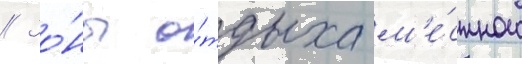
// Зо́ны о́тдыха м'е́стного